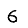
Digit: 6